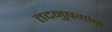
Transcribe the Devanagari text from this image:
तदनुषगांने